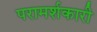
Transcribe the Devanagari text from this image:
परामर्शकारी